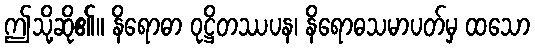
ဤသို့ဆို၏။ နိရောဓာ ဝုဋ္ဌိတဿပန၊ နိရောဓသမာပတ်မှ ထသော